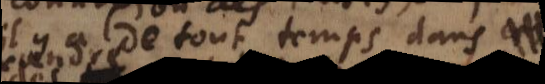
a de tout temps dans